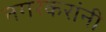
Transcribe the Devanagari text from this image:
नगरकरांनी